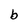
Character: b